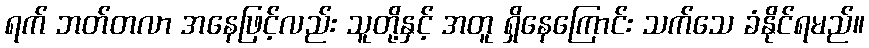
ရက် ဘတ်တလာ အနေဖြင့်လည်း သူတို့နှင့် အတူ ရှိနေကြောင်း သက်သေ ခံနိုင်ရမည်။